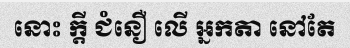
នោះ ក្តី ជំនឿ លើ អ្នកតា នៅតែ